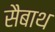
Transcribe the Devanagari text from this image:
सैबाथ